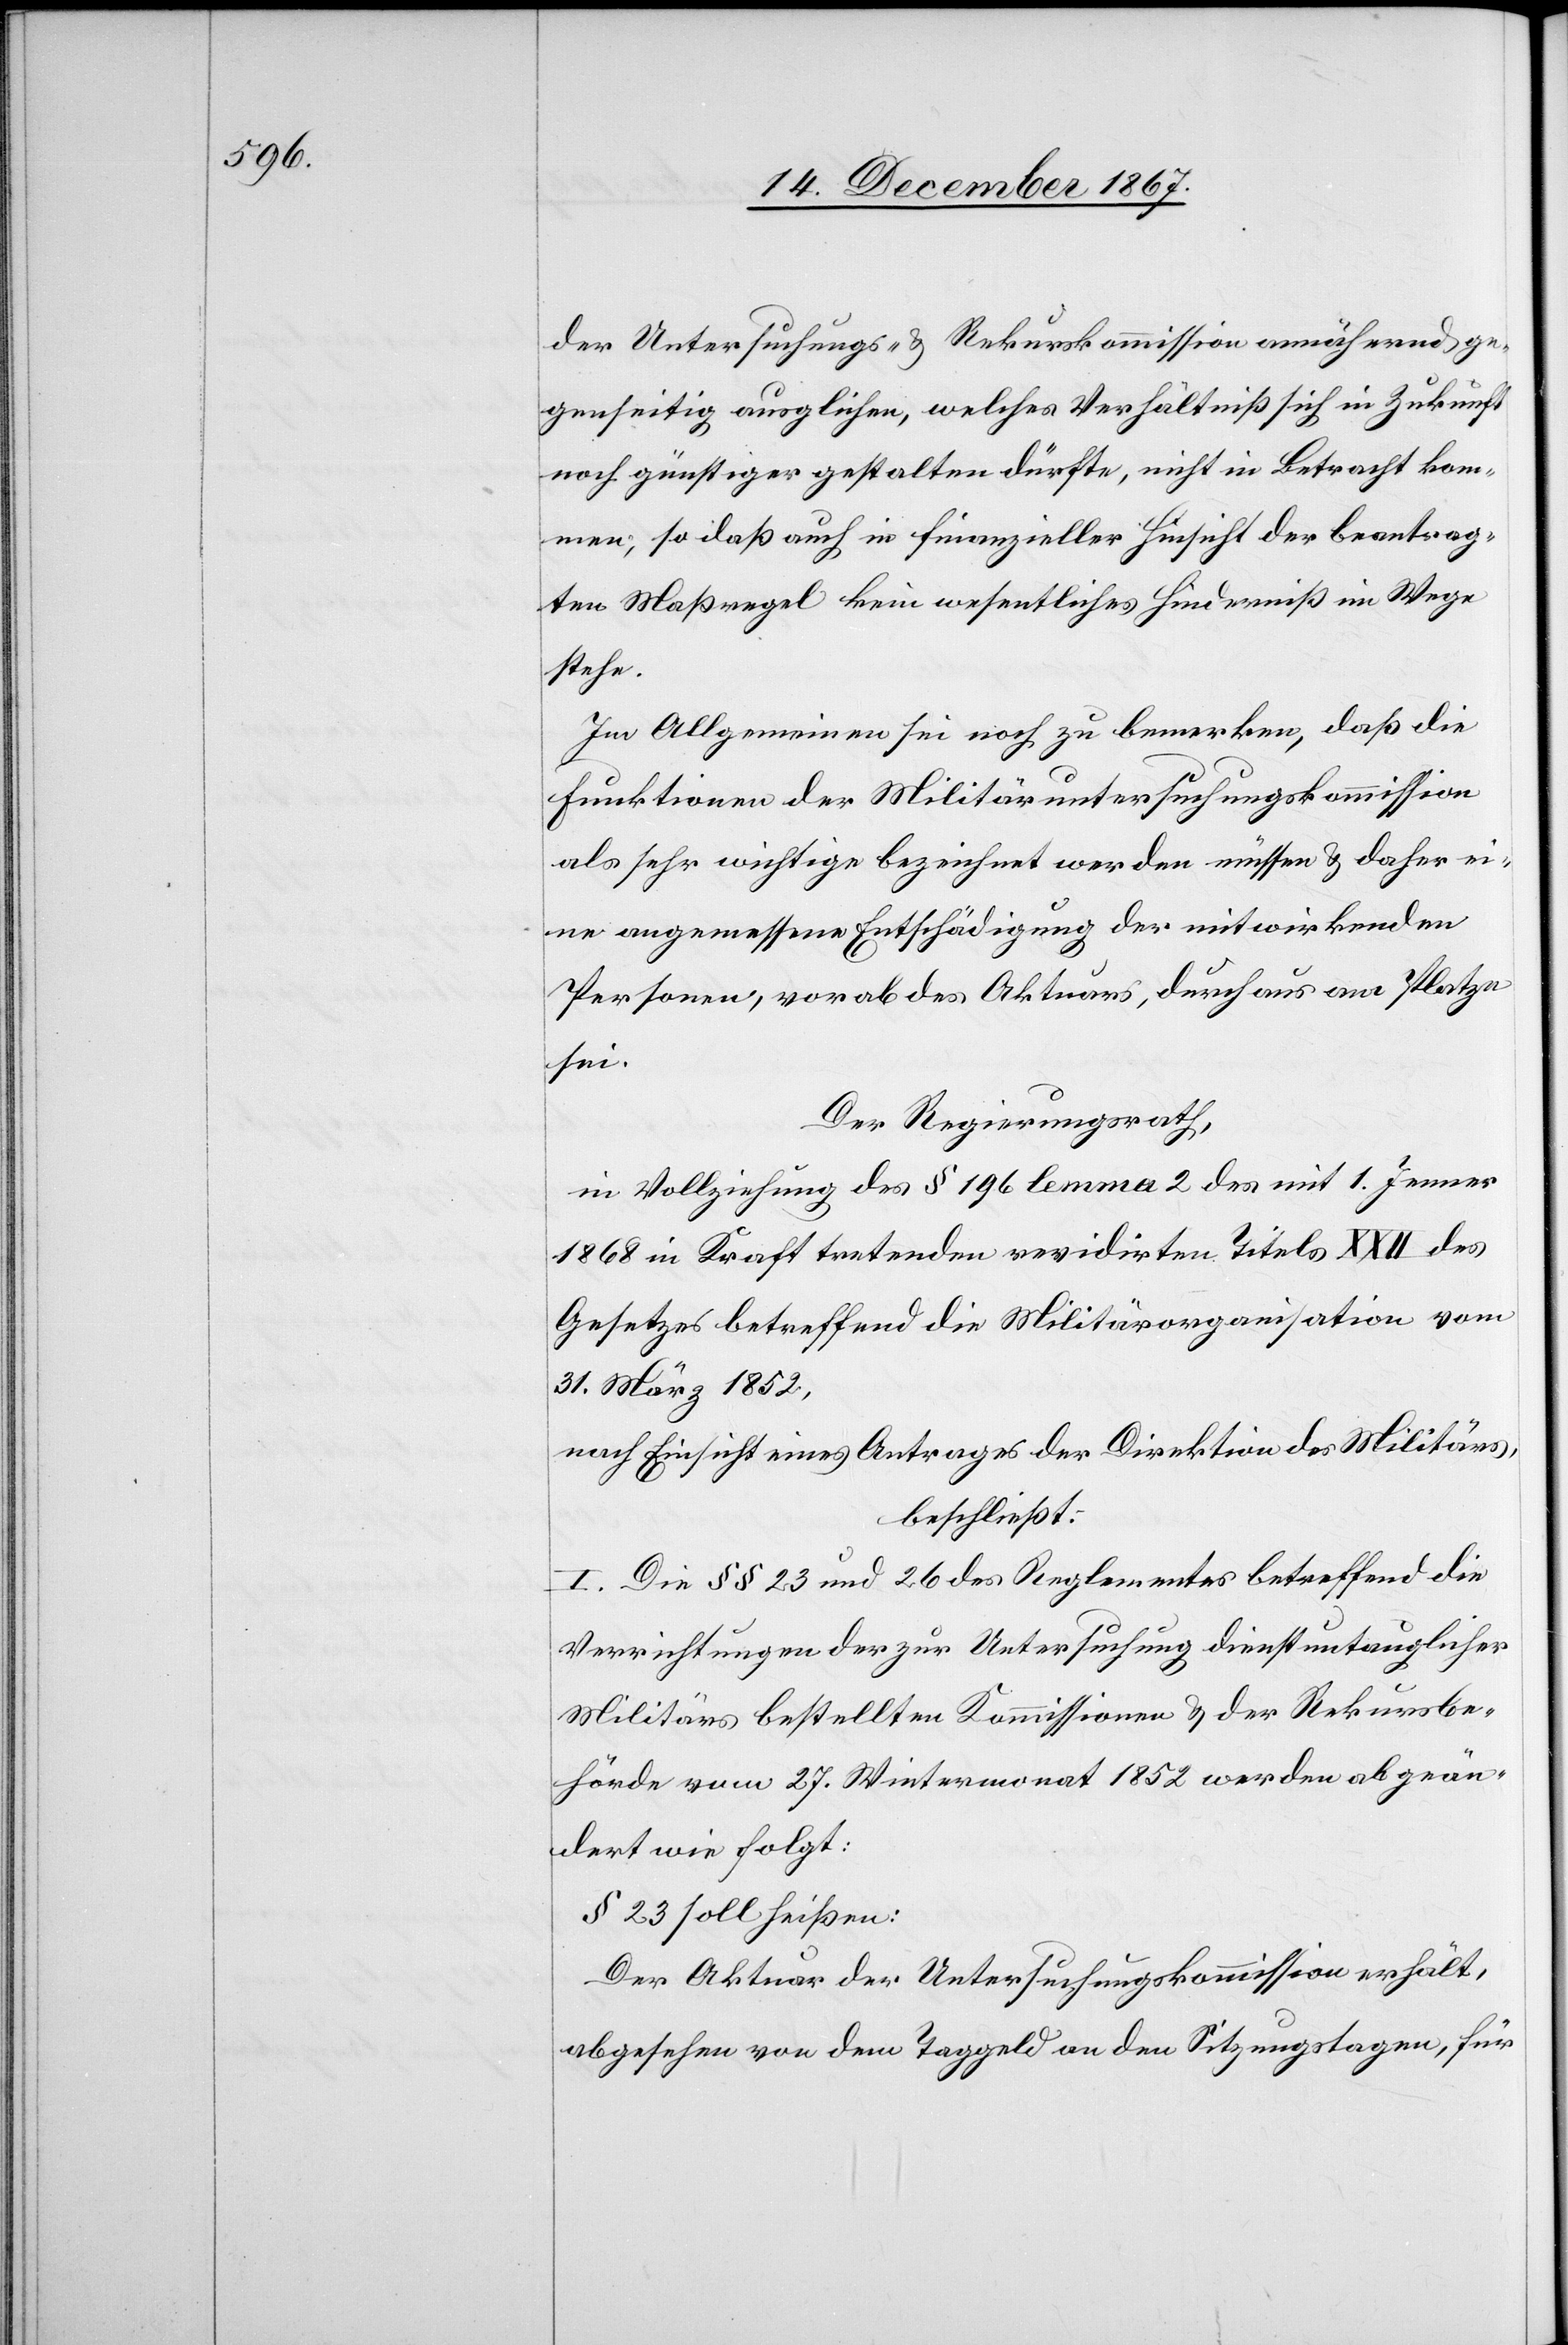
der Untersuchungs- u. Rekurskommission annähernd ge¬
genseitig ausglichen, welches Verhältniß sich in Zukunft
noch günstiger gestalten dürfte, nicht in Betracht kom¬
men, so daß auch in finanzieller Hinsicht der beantrag¬
ten Maßregel kein wesentliches Hinderniß im Wege
stehe.
Im Allgemeinen sei noch zu bemerken, daß die
Funktionen der Militäruntersuchungskommission
als sehr wichtige bezeichnet werden müssen u. daher ei¬
ne angemessene Entschädigung der mitwirkenden
Personen, vorab des Aktuars, durchaus am Platze
sei.
Der Regierungsrath,
in Vollziehung des § 196 lemma 2 des mit 1. Jenner
1868 in Kraft tretenden revidirten Titels XXII des
Gesetzes betreffend die Militärorganisation vom
31. März 1852,
nach Einsicht eines Antrages der Direktion des Militärs,
beschließt:
I. Die § § 23 und 26 des Reglementes betreffend die
Verrichtungen der zur Untersuchung diensuntauglicher
Militärs bestellten Kommissionen u. der Rekursbe¬
hörde vom 27. Wintermonat 1852 werden abgeän¬
dert wie folgt:
§ 23 soll heißen:
Der Aktuar der Untersuchungskommission erhält,
abgesehen von dem Taggeld an den Sitzungstagen, für